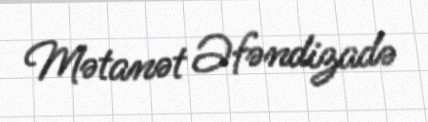
Mətanət Əfəndizadə